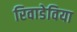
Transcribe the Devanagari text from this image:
रिवाडेविया